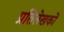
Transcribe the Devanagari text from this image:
प्रतिलेखकों